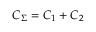
C _ { \Sigma } = C _ { 1 } + C _ { 2 }